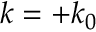
k = + k _ { 0 }